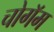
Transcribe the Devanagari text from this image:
चोगॅम